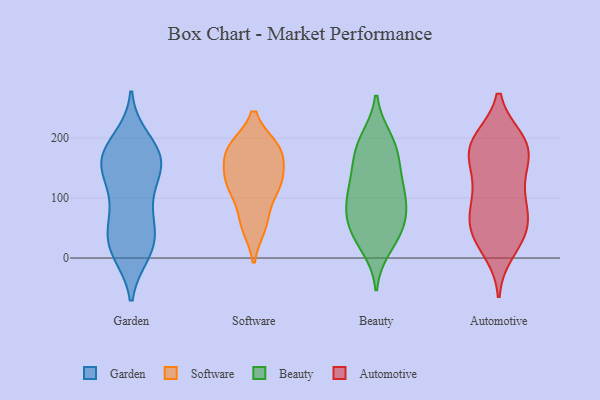
{"axis": {"x": "Headcount", "y": "Value"}, "legend": ["Automotive", "Beauty", "Garden", "Software"], "data": [{"x": "", "y": 163, "type": "Garden"}, {"x": "", "y": 13, "type": "Garden"}, {"x": "", "y": 179, "type": "Garden"}, {"x": "", "y": 148, "type": "Garden"}, {"x": "", "y": 95, "type": "Garden"}, {"x": "", "y": 197, "type": "Garden"}, {"x": "", "y": 161, "type": "Garden"}, {"x": "", "y": 10, "type": "Garden"}, {"x": "", "y": 59, "type": "Garden"}, {"x": "", "y": 33, "type": "Garden"}, {"x": "", "y": 71, "type": "Garden"}, {"x": "", "y": 29, "type": "Garden"}, {"x": "", "y": 119, "type": "Garden"}, {"x": "", "y": 150, "type": "Garden"}, {"x": "", "y": 19, "type": "Garden"}, {"x": "", "y": 175, "type": "Garden"}, {"x": "", "y": 164, "type": "Garden"}, {"x": "", "y": 119, "type": "Software"}, {"x": "", "y": 181, "type": "Software"}, {"x": "", "y": 120, "type": "Software"}, {"x": "", "y": 62, "type": "Software"}, {"x": "", "y": 183, "type": "Software"}, {"x": "", "y": 126, "type": "Software"}, {"x": "", "y": 182, "type": "Software"}, {"x": "", "y": 54, "type": "Software"}, {"x": "", "y": 175, "type": "Software"}, {"x": "", "y": 135, "type": "Software"}, {"x": "", "y": 62, "type": "Beauty"}, {"x": "", "y": 199, "type": "Beauty"}, {"x": "", "y": 158, "type": "Beauty"}, {"x": "", "y": 98, "type": "Beauty"}, {"x": "", "y": 17, "type": "Beauty"}, {"x": "", "y": 200, "type": "Beauty"}, {"x": "", "y": 109, "type": "Beauty"}, {"x": "", "y": 71, "type": "Beauty"}, {"x": "", "y": 38, "type": "Beauty"}, {"x": "", "y": 30, "type": "Beauty"}, {"x": "", "y": 112, "type": "Beauty"}, {"x": "", "y": 137, "type": "Beauty"}, {"x": "", "y": 115, "type": "Beauty"}, {"x": "", "y": 176, "type": "Beauty"}, {"x": "", "y": 61, "type": "Beauty"}, {"x": "", "y": 70, "type": "Beauty"}, {"x": "", "y": 175, "type": "Beauty"}, {"x": "", "y": 144, "type": "Automotive"}, {"x": "", "y": 143, "type": "Automotive"}, {"x": "", "y": 50, "type": "Automotive"}, {"x": "", "y": 196, "type": "Automotive"}, {"x": "", "y": 95, "type": "Automotive"}, {"x": "", "y": 180, "type": "Automotive"}, {"x": "", "y": 186, "type": "Automotive"}, {"x": "", "y": 194, "type": "Automotive"}, {"x": "", "y": 102, "type": "Automotive"}, {"x": "", "y": 63, "type": "Automotive"}, {"x": "", "y": 13, "type": "Automotive"}, {"x": "", "y": 92, "type": "Automotive"}, {"x": "", "y": 32, "type": "Automotive"}, {"x": "", "y": 44, "type": "Automotive"}, {"x": "", "y": 190, "type": "Automotive"}, {"x": "", "y": 177, "type": "Automotive"}, {"x": "", "y": 51, "type": "Automotive"}]}